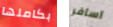
بكاملها اسافر